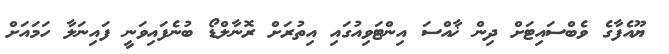
ޔޫއެފާގެ ވެބްސައިޓަށް ދިން ޚާއްސަ އިންޓަވިއުގައި އިތުރަށް ރޮނާލްޑޯ ބުނެފައިވަނީ ފައިނަލާ ހަމައަށް